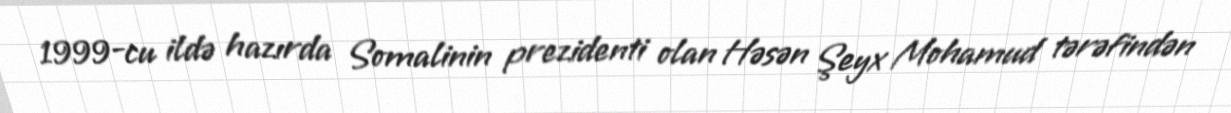
1999-cu ildə hazırda Somalinin prezidenti olan Həsən Şeyx Mohamud tərəfindən